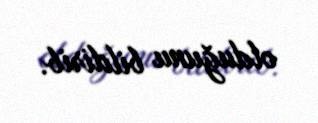
olduğunu bildirib.